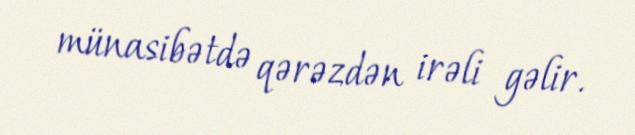
münasibətdə qərəzdən irəli gəlir.